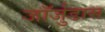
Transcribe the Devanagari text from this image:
जॉर्जुडास